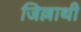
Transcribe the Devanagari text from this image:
जिल्लाथी